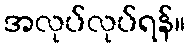
အလုပ်လုပ်ရန်။